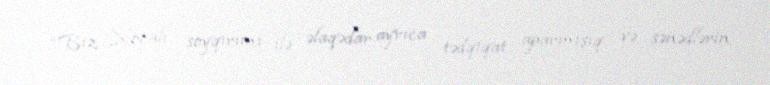
“Biz Xocalı soyqırımı ilə əlaqədar ayrıca tədqiqat aparmışıq və sənədlərin